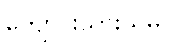
ကျောင်းသားသမဂ္ဂ